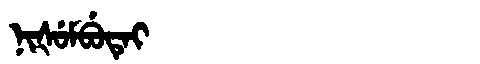
Manchu: ᠨᡳᡧᡠᠮᠪᡠᡨᡝᡳ
Romanization: NIŠUMBUTEI